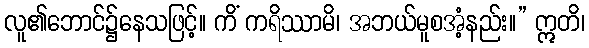
လူ၏ဘောင်၌နေသဖြင့်။ ကိံ ကရိဿာမိ၊ အဘယ်မူစအံ့နည်း။” ဣတိ၊